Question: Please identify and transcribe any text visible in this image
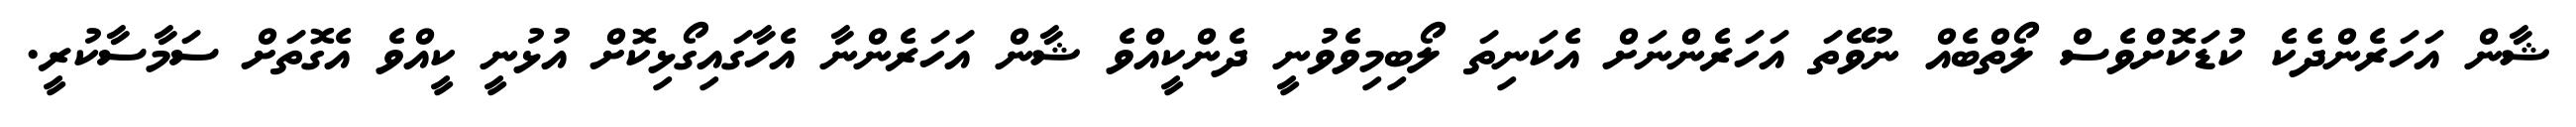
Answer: ޝާން އަހަރެންދެކެ ކުޑަކޮށްވެސް ލޯތްބެއް ނުވޭތަ އަހަރެންނަށް އެކަނިތަ ލޯބިމިވެވުނީ ދެންކީއްވެ ޝާން އަހަރެންނާ އެހާގައިގޯޅިކޮށް އުޅުނީ ކީއްވެ އެގޮތަށް ސަމާސާކުރީ.